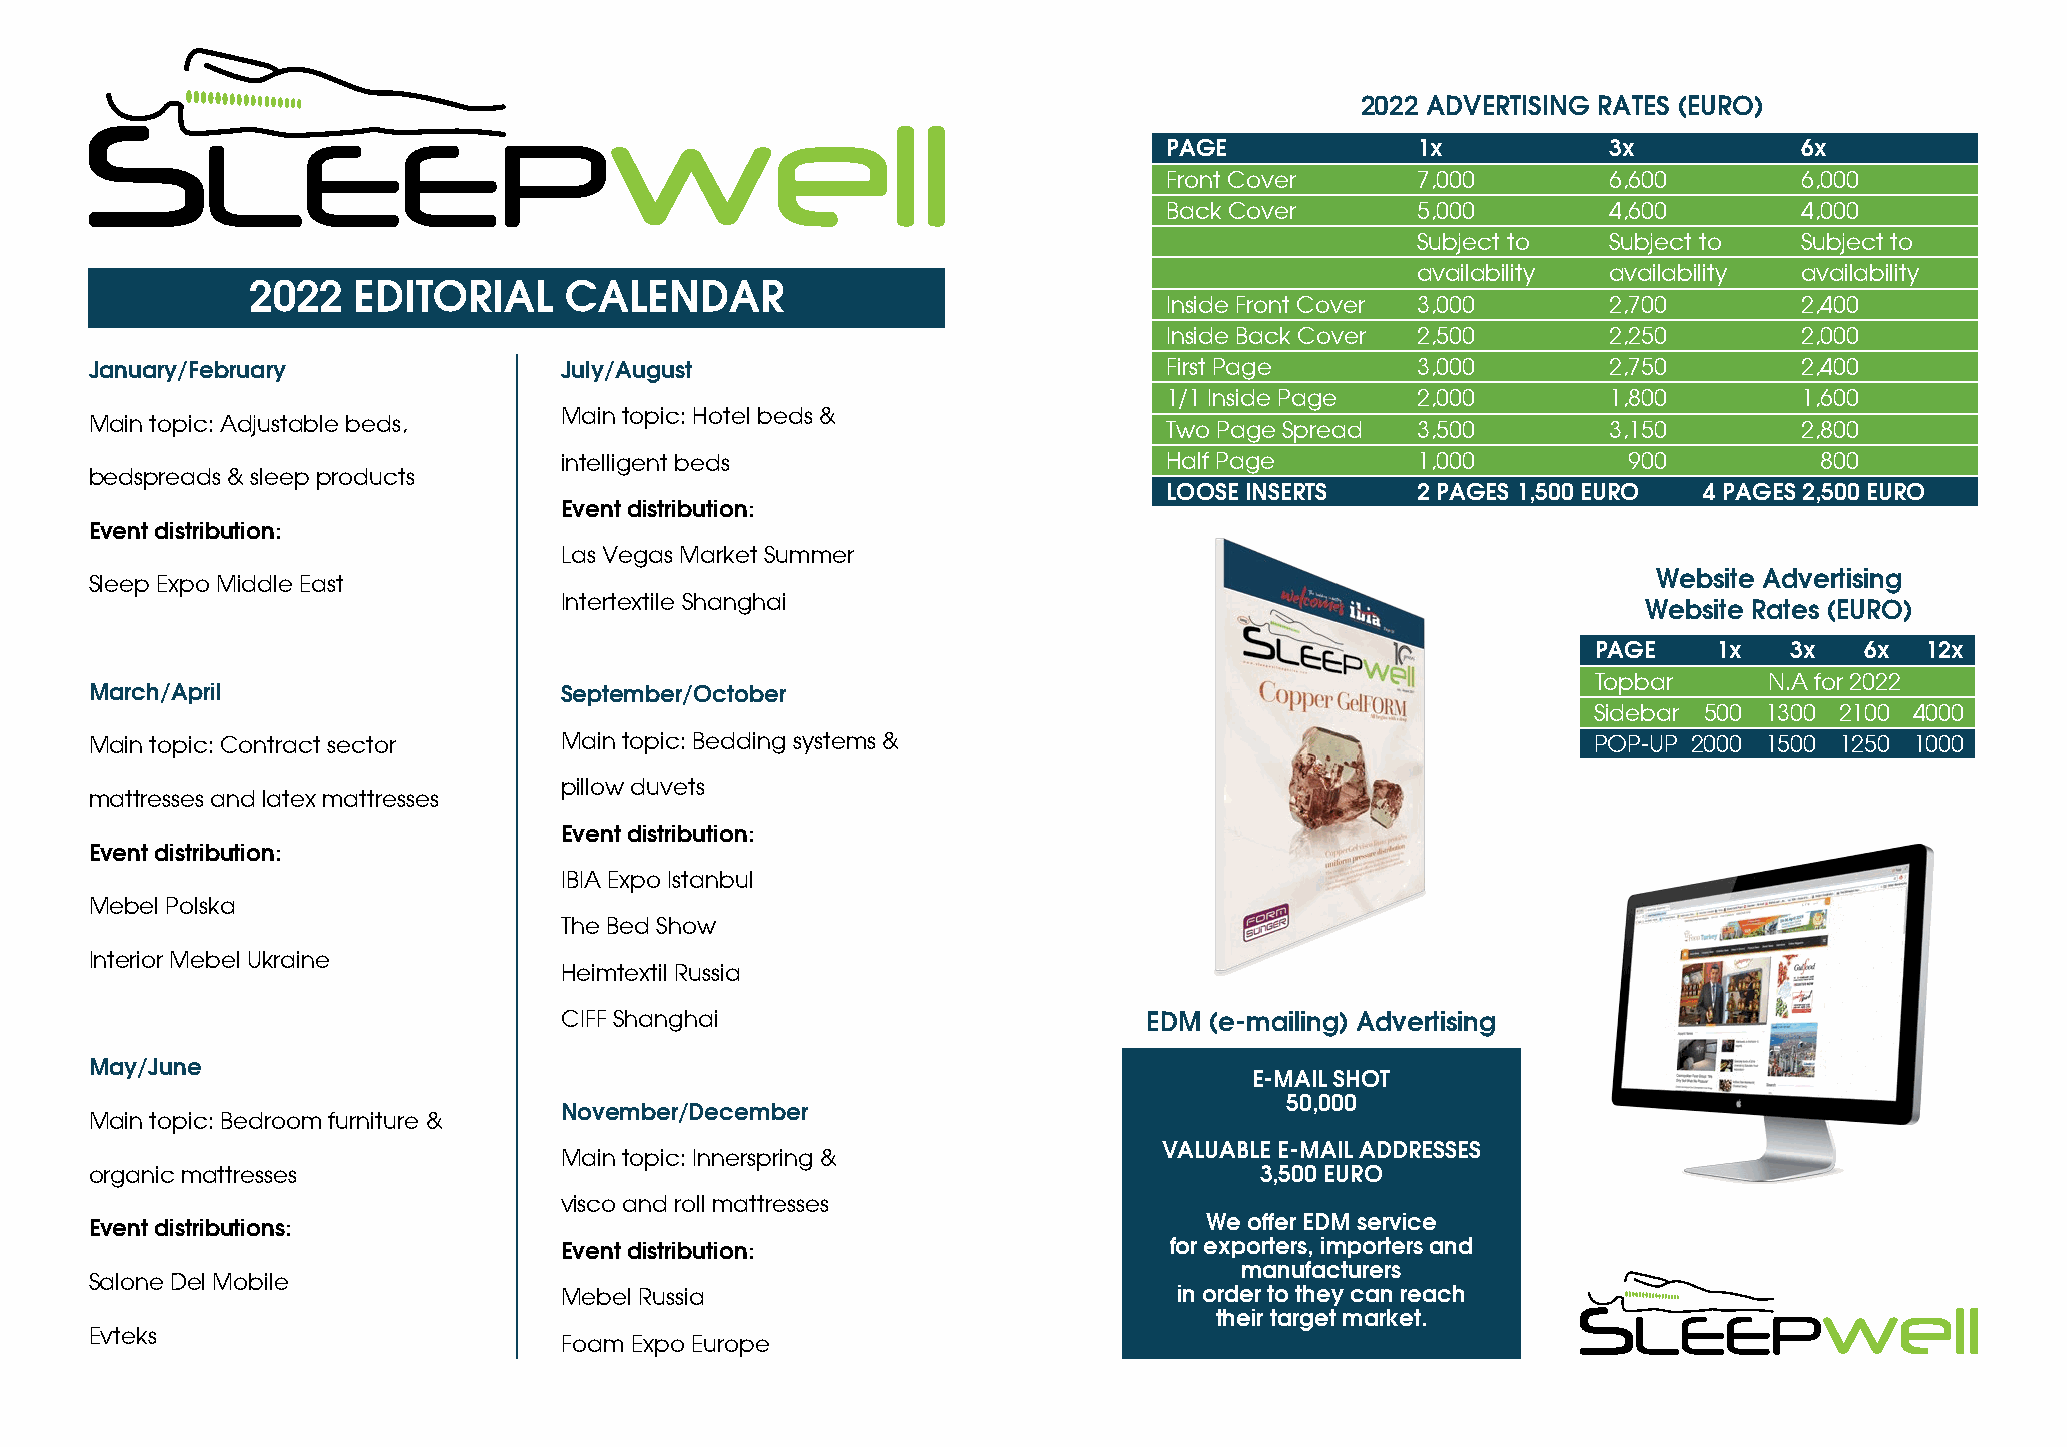
2022 ADVERTISING RATES (EURO)
 PAGE             1x           3x          6x
 Front Cover      7,000        6,600       6,000
 Back Cover       5,000        4,600       4,000
 Subject to   Subject to  Subject to
 availability availability availability
 2022  EDITORIAL     CALENDAR
 Inside Front Cover 3,000      2,700       2,400
 Inside Back Cover 2,500       2,250       2,000
 January/February               July/August                             First Page       3,000        2,750       2,400
 1/1 Inside Page  2,000        1,800       1,600
 Main topic: Hotel beds &
 Main topic: Adjustable beds,                                           Two Page Spread  3,500        3,150       2,800
 intelligent beds                        Half Page        1,000         900          800
 bedspreads & sleep products
 LOOSE INSERTS    2 PAGES 1,500 EURO 4 PAGES 2,500 EURO
 Event distribution:
 Event distribution:
 Las Vegas Market Summer
 Website Advertising
 Sleep Expo Middle East
 Intertextile Shanghai
 Website Rates (EURO)
 PAGE    1x   3x  6x  12x
 Topbar     N.A for 2022
 March/April                    September/October
 Sidebar 500 1300 2100 4000
 Main topic: Contract sector    Main topic: Bedding systems &                                        POP-UP 2000 1500 1250 1000
 pillow duvets
 mattresses and latex mattresses
 Event distribution:
 Event distribution:
 IBIA Expo Istanbul
 Mebel Polska
 The Bed Show
 Interior Mebel Ukraine
 Heimtextil Russia
 CIFF Shanghai                          EDM (e-mailing) Advertising
 May/June
 E-MAIL SHOT
 50,000
 November/December
 Main topic: Bedroom furniture &
 VALUABLE E-MAIL ADDRESSES
 Main topic: Innerspring &
 organic mattresses                                                           3,500 EURO
 visco and roll mattresses
 Event distributions:                                                      We offer EDM service
 Event distribution:                     for exporters, importers and
 manufacturers
 Salone Del Mobile
 Mebel Russia                             in order to they can reach
 their target market.
 Evteks
 Foam Expo Europe